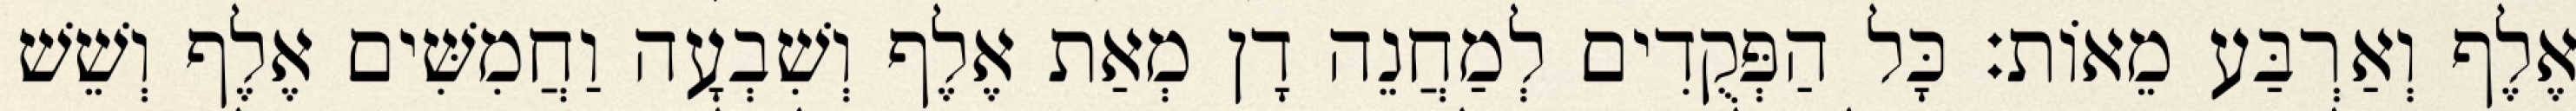
אֶלֶף וְאַרְבַּע מֵאוֹת׃ כָּל הַפְּקֻדִים לְמַחֲנֵה דָן מְאַת אֶלֶף וְשִׁבְעָה וַחֲמִשִּׁים אֶלֶף וְשֵׁשׁ